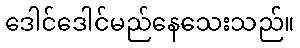
ဒေါင်ဒေါင်မည်နေသေးသည်။